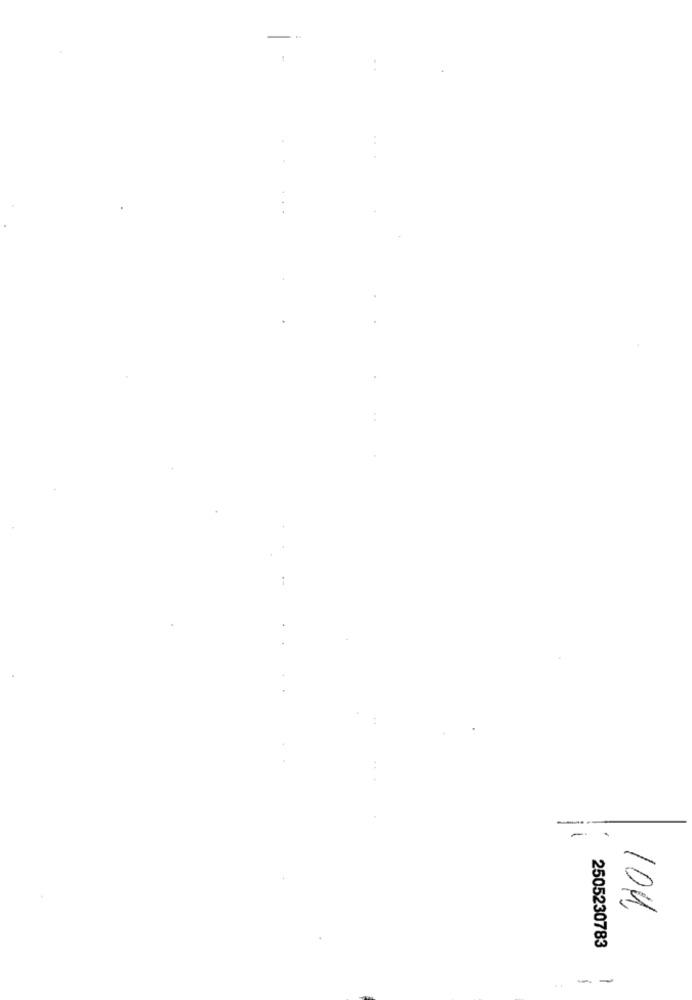
1
104
2505230783
--